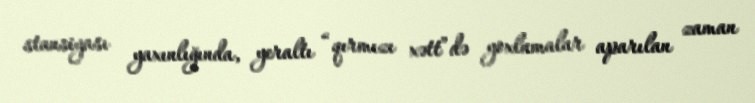
stansiyası yaxınlığında, yeraltı “qırmızı xətt”də yoxlamalar aparılan zaman